Annual vaccination report of Bihar and Orissa - 1911-1928
Year: 1911
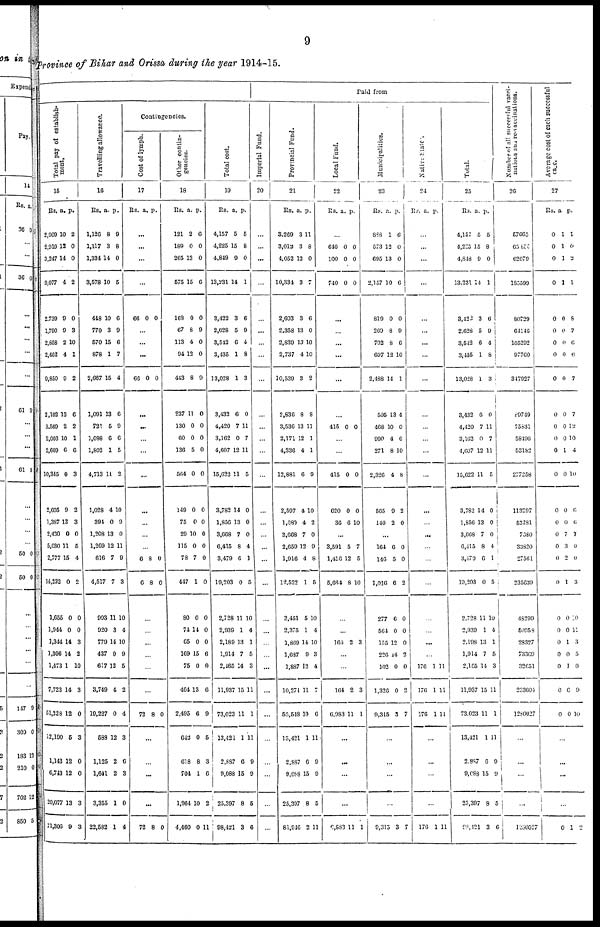
9
Province of Bihar and Orissa during the year 1914-15.
Total pay of establish¬
-----
15
Rs.
2,909
2,919
3,247
9,077
2,739
1,790
2,658
2,462
9,850
2,102
3,560
2,003
2,669
10,345
2,605
1,387
2,430
5,030
2,777
14,232
1,055
1,944
1,344
1,306
1,473
7,723
51,328
12,100
1,143
6,743
20,077
71,306
a.
10
12
14
4
0
9
2
4
9
13
2
10
6
0
9
12
0
11
15
0
0
0
14
14
1
14
12
5
12
12
13
9
p.
2
0
0
2
0
3
10
1
2
6
2
1
6
3
2
3
0
5
4
2
0
0
3
2
10
3
0
3
0
0
3
3
Travelling allowance.
16
Rs.
1,126
1,117
1,334
3,578
448
770
570
878
2,667
1,091
721
1,098
1,802
4,713
1,028
391
1,208
1,269
616
4,517
993
920
779
437
617
3,749
19,227
588
1,125
1,641
3,355
22,582
a.
8
3
14
10
10
3
15
1
15
13
5
6
1
11
4
0
13
12
7
7
11
3
14
9
12
4
0
12
2
2
1
1
p.
9
8
0
5
6
9
6
7
4
6
9
6
5
2
10
9
0
11
9
3
10
4
10
9
5
2
4
3
6
3
0
4
Contingencies.
Cost of lymph.
17
Rs. a. p.
...
...
...
...
66 0 0
...
...
...
66 0 0
...
...
...
...
...
...
...
...
...
6
0
8
8
0
0
...
...
...
...
...
...
72 8 0
...
...
...
...
72 8 0
Other contin-
gencies.
18
Rs.
121
189
265
575
168
67
113
94
443
237
130
60
136
564
149
75
29
115
78
447
80
74
65
169
75
464
2,495
642
618
704
1,964
4,460
a.
2
0
13
15
0
8
4
12
8
11
0
0
5
0
0
0
10
0
7
1
0
14
0
15
0
13
6
0
8
1
10
0
p.
0
0
0
6
0
9
0
0
9
0
0
0
0
0
0
0
0
0
0
0
0
0
0
6
0
6
9
5
3
6
2
11
Total cost.
19
Rs.
4,157
4,225
4,849
13,231
3,422
2,628
3,542
3,435
13,028
3,432
4,420
3,162
4,607
15,622
3,782
1,856
3,668
6,415
3,479
19,203
2,728
2,939
2,189
1,914
2,165
11,937
73,023
13,421
2,887
9,088
23,397
98,421
a.
5
15
9
14
3
5
6
1
1
6
7
0
12
11
14
13
7
8
6
0
11
1
13
7
14
15
11
1
6
15
8
3
p.
5
8
0
1
6
9
4
8
3
0
11
7
11
5
0
0
0
4
1
5
10
4
1
5
3
11
1
11
9
9
5
6
Paid from
Imperial Fund.
20
...
...
...
...
...
...
...
...
...
...
...
...
...
...
...
...
...
...
...
...
...
...
...
...
...
...
...
...
...
...
...
...
Provincial Fund.
21
Rs.
3,269
3,012
4,052
10,834
2,603
2,358
2,839
2,737
10,539
2,836
3,536
2,171
4,336
12,881
2,597
1,680
3,668
2,659
1,916
12,522
2,451
2,375
1,869
1,687
1,887
10,271
53,543
13,421
2,887
9,088
25,397
81,946
a.
3
3
12
3
3
13
13
4
3
6
13
12
4
6
4
4
7
12
4
1
5
1
14
9
12
11
10
1
6
15
8
2
p.
11
8
0
7
6
0
10
10
2
8
11
1
1
9
10
2
0
9
8
5
10
4
10
3
4
7
6
11
9
9
5
11
Local fund.
22
Rs. a. p.
...
640
100
740
0
0
0
0
0
0
...
...
...
...
...
...
415 0 0
...
...
415
620
36
0
0
6
0
0
10
...
3,591
1,416
5,664
5
12
8
7
5
10
...
...
164 2 3
...
...
164
6,983
2
11
3
1
...
...
...
...
6,986 11 1
Municipalities.
23
Rs.
888
573
695
2,157
819
269
702
697
2,488
595
468
990
271
2,326
565
140
a.
1
12
13
10
0
8
8
12
14
13
10
4
8
4
9
2
p.
6
0
0
6
0
9
6
10
1
4
0
6
10
8
2
0
...
164
146
1,016
277
564
155
226
102
1,326
9,315
6
5
6
6
0
12
14
0
0
3
0
0
2
0
0
0
2
0
2
7
...
...
...
...
9,315 3 7
Native States.
24
Rs. a. p.
...
...
...
...
...
...
...
...
...
...
...
...
...
...
...
...
...
...
...
...
...
...
...
...
176
176
176
1
1
1
11
11
11
...
...
...
...
176 1 11
Total.
25
Rs.
4,157
4,225
4,848
13,231
8,422
2,628
3,542
3,435
13,028
3,432
4,420
3,162
4,607
15,622
3,782
1,856
3,668
6,415
3,479
10,203
2,728
2,939
2,198
1,914
2,165
11,937
73,023
13,421
2,887
9,688
23,397
98,121
a.
5
15
9
14
3
5
6
1
1
6
7
0
12
11
14
13
7
8
6
0
11
1
13
7
14
15
11
1
6
15
8
3
p.
5
8
0
1
6
9
4
8
3
0
11
7
11
5
0
0
0
4
1
5
10
4
1
5
3
11
1
11
9
9
5
6
Number of all successful vacci¬
nations and re-vaccinations.
26
57665
65,855
62079
185599
80729
64146
105292
97760
347927
89749
75831
58496
53182
277258
113297
63281
7680
33820
27561
235639
48299
50958
28327
73369
32651
233604
1280027
...
...
...
...
1280027
Average cost of each successful
case.
27
Rs.
0
0
0
0
0
0
0
0
0
0
0
0
0
0
0
0
0
0
0
0
0
0
0
0
0
0
0
a
1
1
1
1
0
0
0
0
0
0
0
0
1
0
0
0
7
3
2
1
0
0
1
0
1
0
0
p.
1
0
2
1
8
7
6
6
7
7
12
10
4
10
6
6
7
0
0
3
10
11
3
5
0
9
10
...
...
...
...
0 1 2